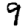
Digit: 9